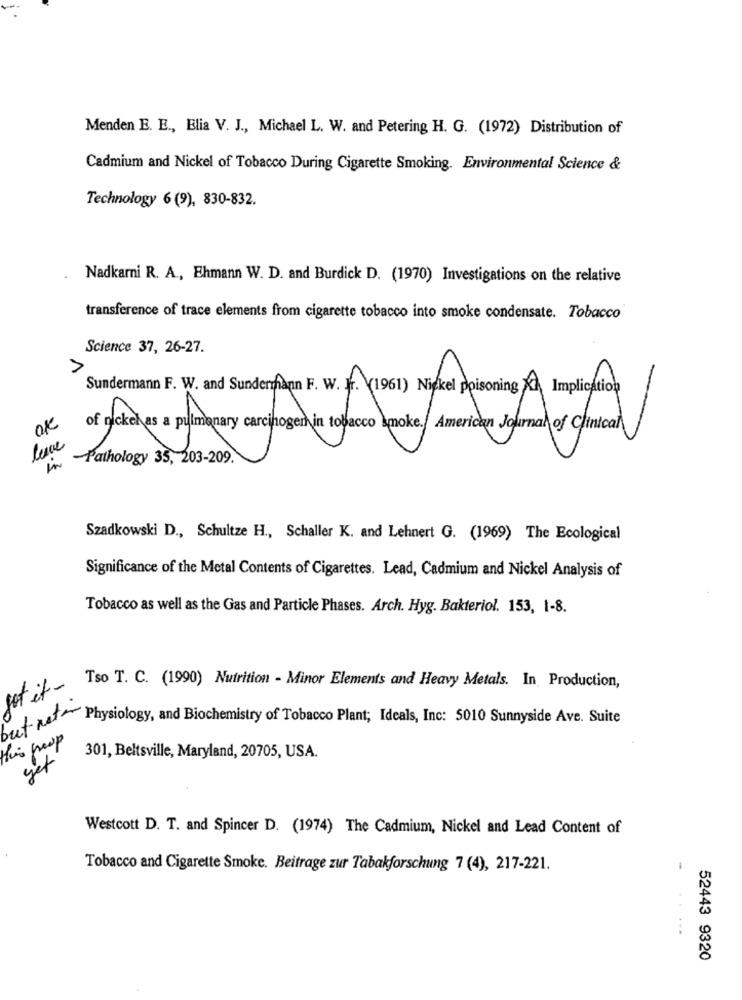
Menden E. E ., Elia V. J ., Michael L. W. and Petering H. G. (1972) Distribution of
Cadmium and Nickel of Tobacco During Cigarette Smoking. Environmental Science &
Technology 6 (9), 830-832.
Nadkarni R. A ., Ehmann W. D. and Burdick D. (1970) Investigations on the relative
transference of trace elements from cigarette tobacco into smoke condensate. Tobacco
Science 37, 26-27.
Sundermann F. W. and Sundermann F. W. Fr. (1961) Nickel poisoning KI, Implication
:(1) Naked poisoning A Implic
of nickel as a pulmonary carcihoger in tobacco smoke. American Journal of Clinical
leve
of American Journal of clinical
-Pathology 35, 203-209.
Szadkowski D ., Schultze H ., Schaller K. and Lehnert G. (1969) The Ecological
Significance of the Metal Contents of Cigarettes. Lead, Cadmium and Nickel Analysis of
Tobacco as well as the Gas and Particle Phases. Arch. Hyg. Bakteriol. 153, 1-8.
Tso T. C. (1990) Nutrition - Minor Elements and Heavy Metals. In Production,
but neto
Physiology, and Biochemistry of Tobacco Plant; Ideals, Inc: 5010 Sunnyside Ave. Suite
301, Beltsville, Maryland, 20705, USA.
Westcott D. T. and Spincer D. (1974) The Cadmium, Nickel and Lead Content of
Tobacco and Cigarette Smoke. Beitrage zur Tabakforschung 7 (4), 217-221.
52443 9320